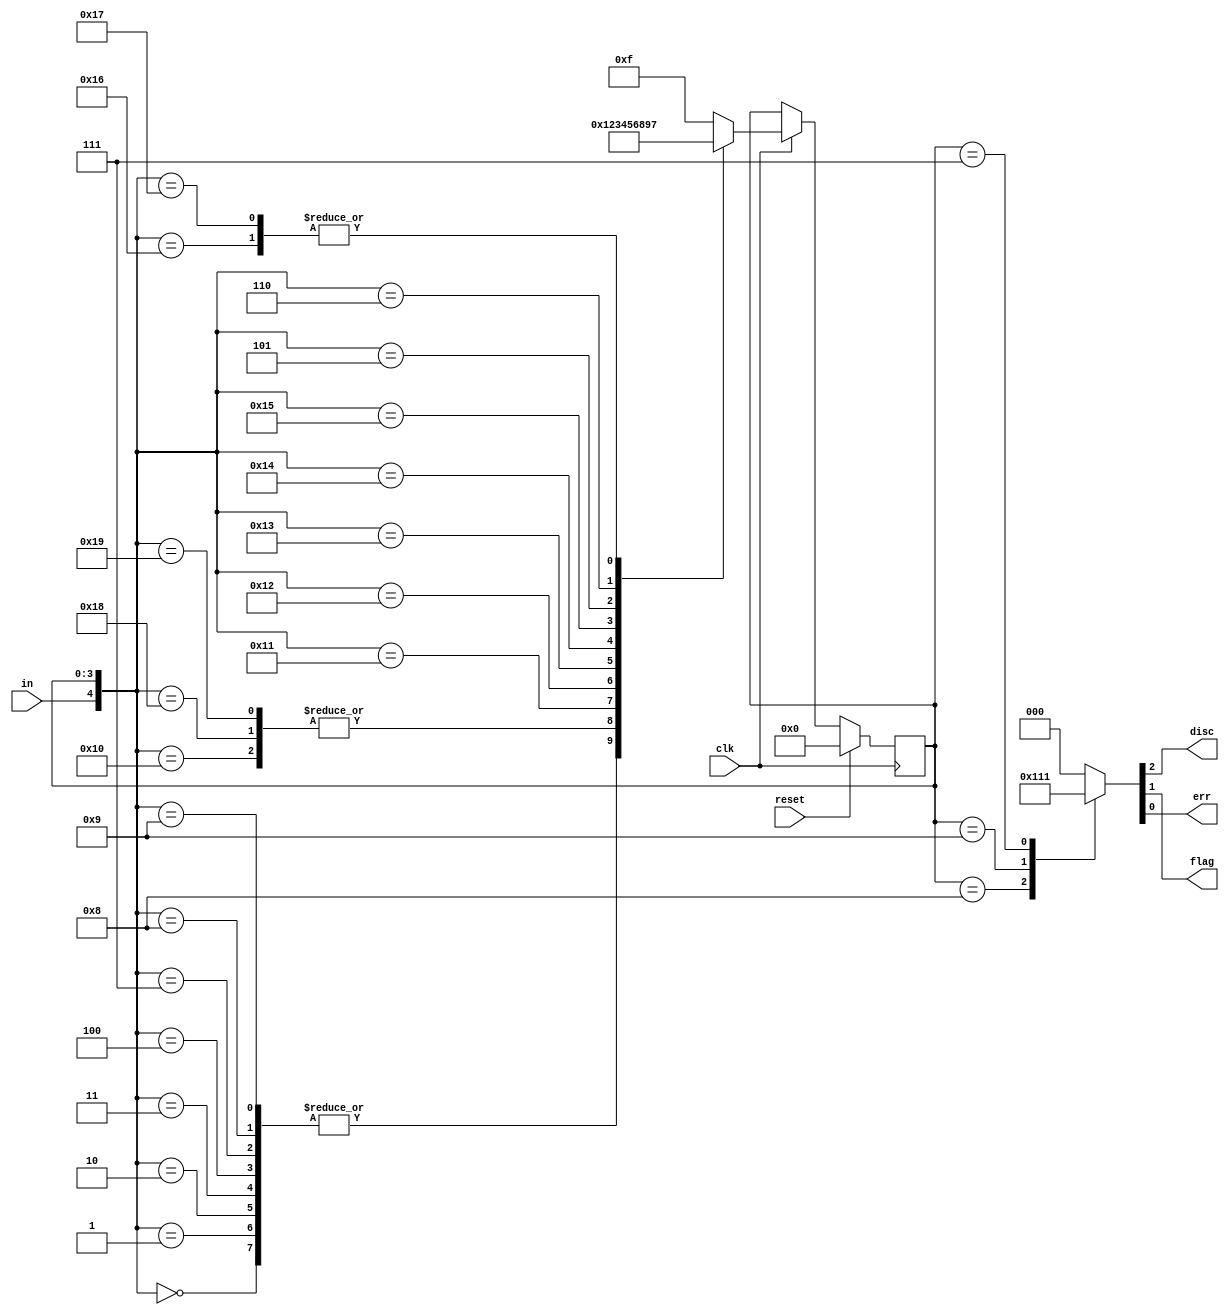
/*

Copyright 2022 Marc Ketel
SPDX-License-Identifier: Apache-2.0

*/

`default_nettype none

module top_module (
    input  wire clk,
    input  wire reset,
    input  wire in,
    output reg  disc,
    output reg  flag,
    output reg  err
);

  parameter STATE_NONE = 4'b0000;
  parameter STATE_ONE = 4'b0001;
  parameter STATE_TWO = 4'b0010;
  parameter STATE_THREE = 4'b0011;
  parameter STATE_FOUR = 4'b0100;
  parameter STATE_FIVE = 4'b0101;
  parameter STATE_SIX = 4'b0110;
  parameter STATE_ERROR = 4'b0111;
  parameter STATE_DISCARD = 4'b1000;
  parameter STATE_FLAG = 4'b1001;
  parameter STATE_ILLIGAL = 4'b1111;

  reg [3:0] state = STATE_NONE, next_state = STATE_NONE;

  //Determine next state.
  always @(*) begin
    casez ({
      in, state
    })
      {1'b0, STATE_NONE} :    next_state = STATE_NONE;
      {1'b0, STATE_ONE} :     next_state = STATE_NONE;
      {1'b0, STATE_TWO} :     next_state = STATE_NONE;
      {1'b0, STATE_THREE} :   next_state = STATE_NONE;
      {1'b0, STATE_FOUR} :    next_state = STATE_NONE;
      {1'b0, STATE_ERROR} :   next_state = STATE_NONE;
      {1'b0, STATE_DISCARD} : next_state = STATE_NONE;
      {1'b0, STATE_FLAG} :    next_state = STATE_NONE;

      {1'b1, STATE_NONE} :    next_state = STATE_ONE;
      {1'b1, STATE_DISCARD} : next_state = STATE_ONE;
      {1'b1, STATE_FLAG} :    next_state = STATE_ONE;

      {1'b1, STATE_ONE} :   next_state = STATE_TWO;
      {1'b1, STATE_TWO} :   next_state = STATE_THREE;
      {1'b1, STATE_THREE} : next_state = STATE_FOUR;
      {1'b1, STATE_FOUR} :  next_state = STATE_FIVE;
      {1'b1, STATE_FIVE} :  next_state = STATE_SIX;
      {1'b0, STATE_FIVE} :  next_state = STATE_DISCARD;
      {1'b0, STATE_SIX} :   next_state = STATE_FLAG;

      {1'b1, STATE_SIX} :   next_state = STATE_ERROR;
      {1'b1, STATE_ERROR} : next_state = STATE_ERROR;

      //We forgot a state.
      {1'bz, STATE_ILLIGAL} : next_state = STATE_ILLIGAL;
      default: next_state = STATE_ILLIGAL;
    endcase
  end

  //State transition.
  always @(posedge clk) begin
    if (reset) state <= STATE_NONE;
    else if (clk) begin
      state <= next_state;
    end
  end

  //Determine output.
  always @(*) begin
    case (state)
      STATE_DISCARD: {disc, flag, err} = 3'b100;
      STATE_FLAG:    {disc, flag, err} = 3'b010;
      STATE_ERROR:   {disc, flag, err} = 3'b001;
      default:       {disc, flag, err} = 3'b000;
    endcase
  end
endmodule